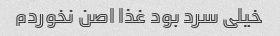
خیلی سرد بود غذا اصن نخوردم